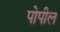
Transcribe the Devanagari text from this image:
पोपील